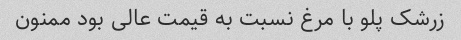
زرشک پلو با مرغ نسبت به قیمت عالی بود ممنون